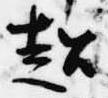
超